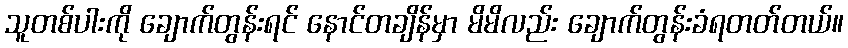
သူတစ်ပါးကို ချောက်တွန်းရင် နောင်တချိန်မှာ မိမိလည်း ချောက်တွန်းခံရတတ်တယ်။